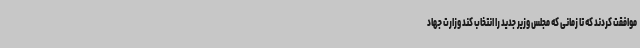
موافقت کردند که تا زمانی که مجلس وزیر جدید را انتخاب کند وزارت جهاد